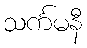
သင်္ကမနီ